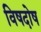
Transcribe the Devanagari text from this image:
विषदोष